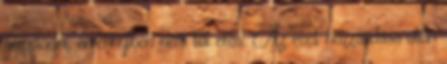
hozzáadni, amennyiben nem túl erős. Az ecet hozzáadása után